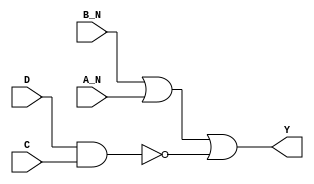
module sky130_fd_sc_ls__nand4bb (
    Y  ,
    A_N,
    B_N,
    C  ,
    D
);

    // Module ports
    output Y  ;
    input  A_N;
    input  B_N;
    input  C  ;
    input  D  ;

    // Module supplies
    supply1 VPWR;
    supply0 VGND;
    supply1 VPB ;
    supply0 VNB ;

    // Local signals
    wire nand0_out;
    wire or0_out_Y;

    //   Name   Output     Other arguments
    nand nand0 (nand0_out, D, C               );
    or   or0   (or0_out_Y, B_N, A_N, nand0_out);
    buf  buf0  (Y        , or0_out_Y          );

endmodule